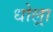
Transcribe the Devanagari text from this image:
धोल्रा